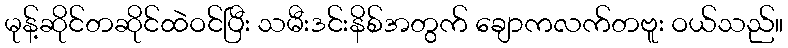
မုန့်ဆိုင်တဆိုင်ထဲဝင်ပြီး သမီးဒင်းနိစ်အတွက် ချောကလက်တဗူး ဝယ်သည်။